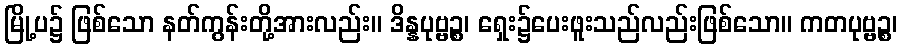
မြို့ပ၌ ဖြစ်သော နတ်ကွန်းတို့အားလည်း။ ဒိန္နပုဗ္ဗဉ္စ၊ ရှေး၌ပေးဖူးသည်လည်းဖြစ်သော။ ကတပုဗ္ဗဉ္စ၊